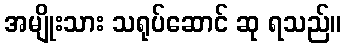
အမျိုးသား သရုပ်ဆောင် ဆု ရသည်။